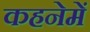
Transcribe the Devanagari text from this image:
कहनेमें